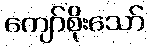
ကျော်စိုးသော်